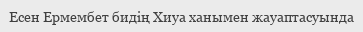
Есен Ермембет бидің Хиуа ханымен жауаптасуында